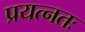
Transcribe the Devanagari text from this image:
प्रयत्नतः